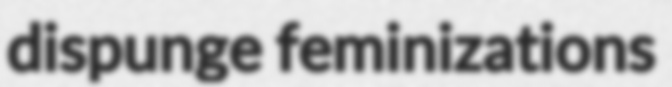
dispunge feminizations